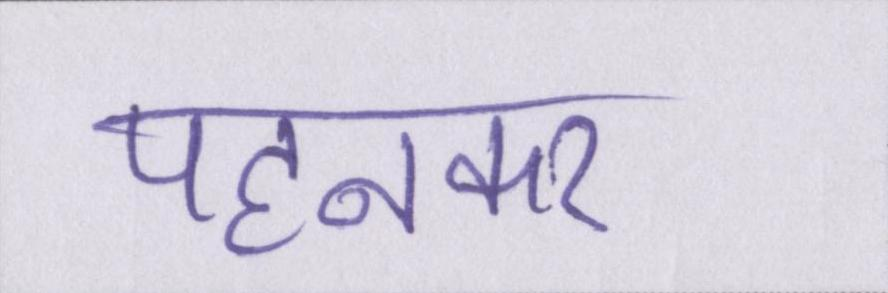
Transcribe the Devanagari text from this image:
पहनकर